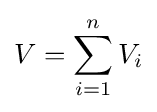
V=\sum _{i=1}^{n}V_{i}